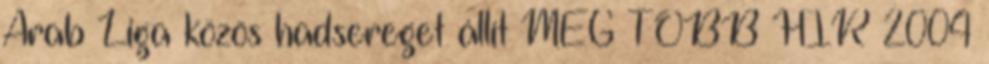
Arab Liga közös hadsereget állít MÉG TÖBB HÍR 2004